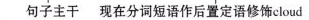
句子主干 现在分词短语作后置定语修饰cloud